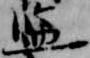
監